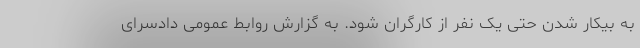
به بیکار شدن حتی یک نفر از کارگران شود. به گزارش روابط عمومی دادسرای